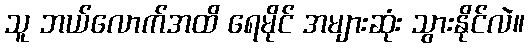
သူ ဘယ်လောက်အထိ ရေမိုင် အများဆုံး သွားနိုင်လဲ။